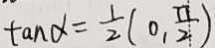
\tan \alpha = \frac { 1 } { 2 } ( 0 , \frac { \pi } { 2 } )